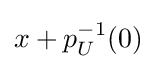
x+p_{U}^{-1}(0)